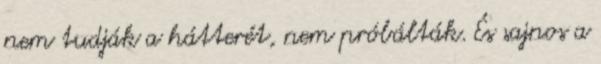
nem tudják a hátterét, nem próbálták. És sajnos a